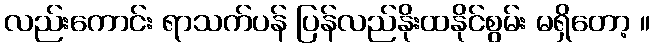
လည်းကောင်း ရာသက်ပန် ပြန်လည်နိုးထနိုင်စွမ်း မရှိတော့ ။